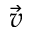
\Vec { v }